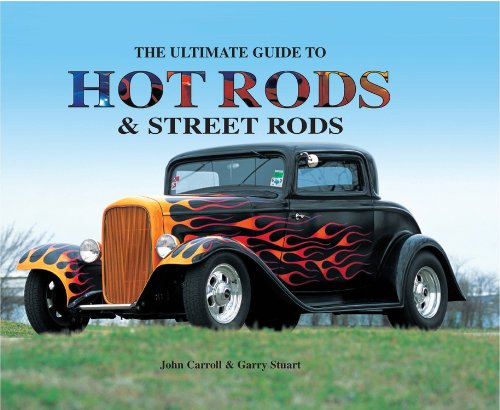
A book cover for The Ultimate Guide to Hot Rods and Street Rods; John Carroll; Arts & Photography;